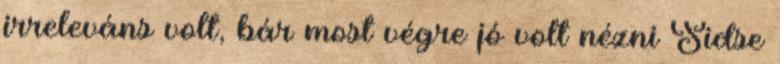
irreleváns volt, bár most végre jó volt nézni Sidse